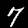
Label: 7